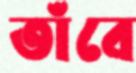
তাঁবে